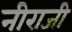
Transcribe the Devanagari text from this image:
नीराजी